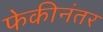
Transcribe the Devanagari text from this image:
फेकीनंतर